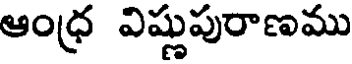
ఆంధ్ర విష్ణుపురాణము